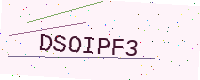
Text: DSOIPF3